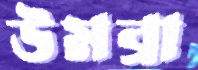
উমব্রা